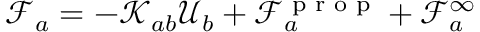
\mathcal { F } _ { a } = - \mathcal { K } _ { a b } \mathcal { U } _ { b } + \mathcal { F } _ { a } ^ { \textrm { p r o p } } + \mathcal { F } _ { a } ^ { \infty }